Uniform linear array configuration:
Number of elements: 24
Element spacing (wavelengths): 0.75
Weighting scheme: uniform
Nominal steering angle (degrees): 30
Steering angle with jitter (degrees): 31.105
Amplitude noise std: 0.05
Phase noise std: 0.05

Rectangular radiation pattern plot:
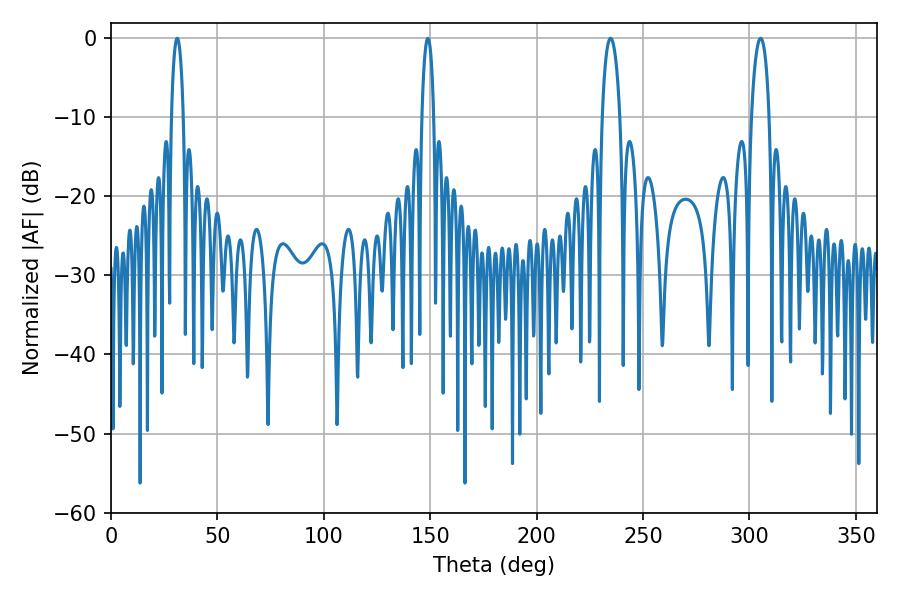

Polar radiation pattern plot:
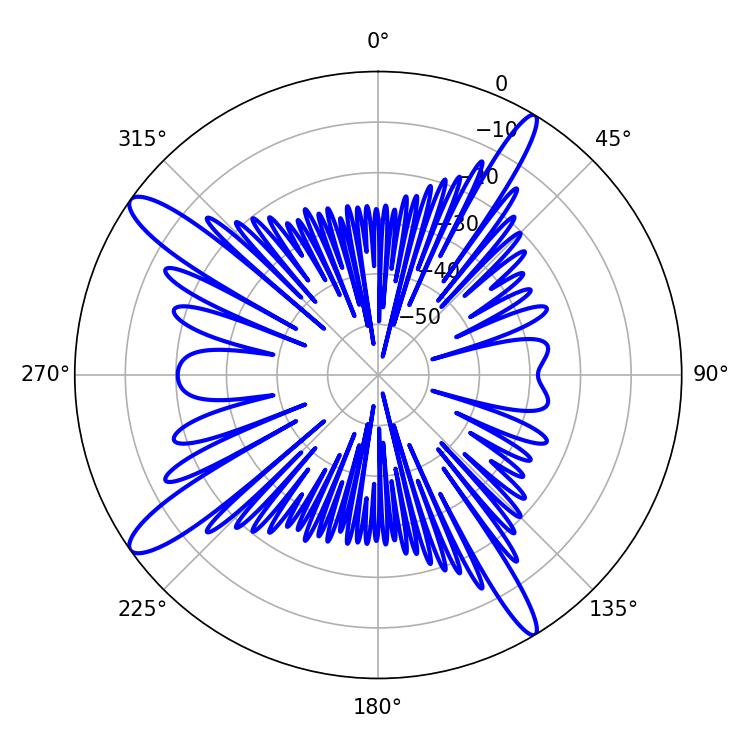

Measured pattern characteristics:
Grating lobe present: TRUE
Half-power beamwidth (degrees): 4.86
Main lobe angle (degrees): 305.28